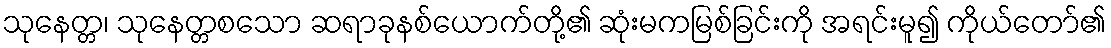
သုနေတ္တ၊ သုနေတ္တစသော ဆရာခုနစ်ယောက်တို့၏ ဆုံးမကမြစ်ခြင်းကို အရင်းမူ၍ ကိုယ်တော်၏